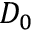
D _ { 0 }